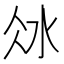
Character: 𣲝